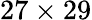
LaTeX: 27\times 29